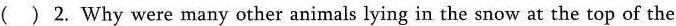
( ) 2. Why were many other animals lying in the snow at the top of the